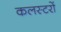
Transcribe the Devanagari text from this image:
कलस्टरों